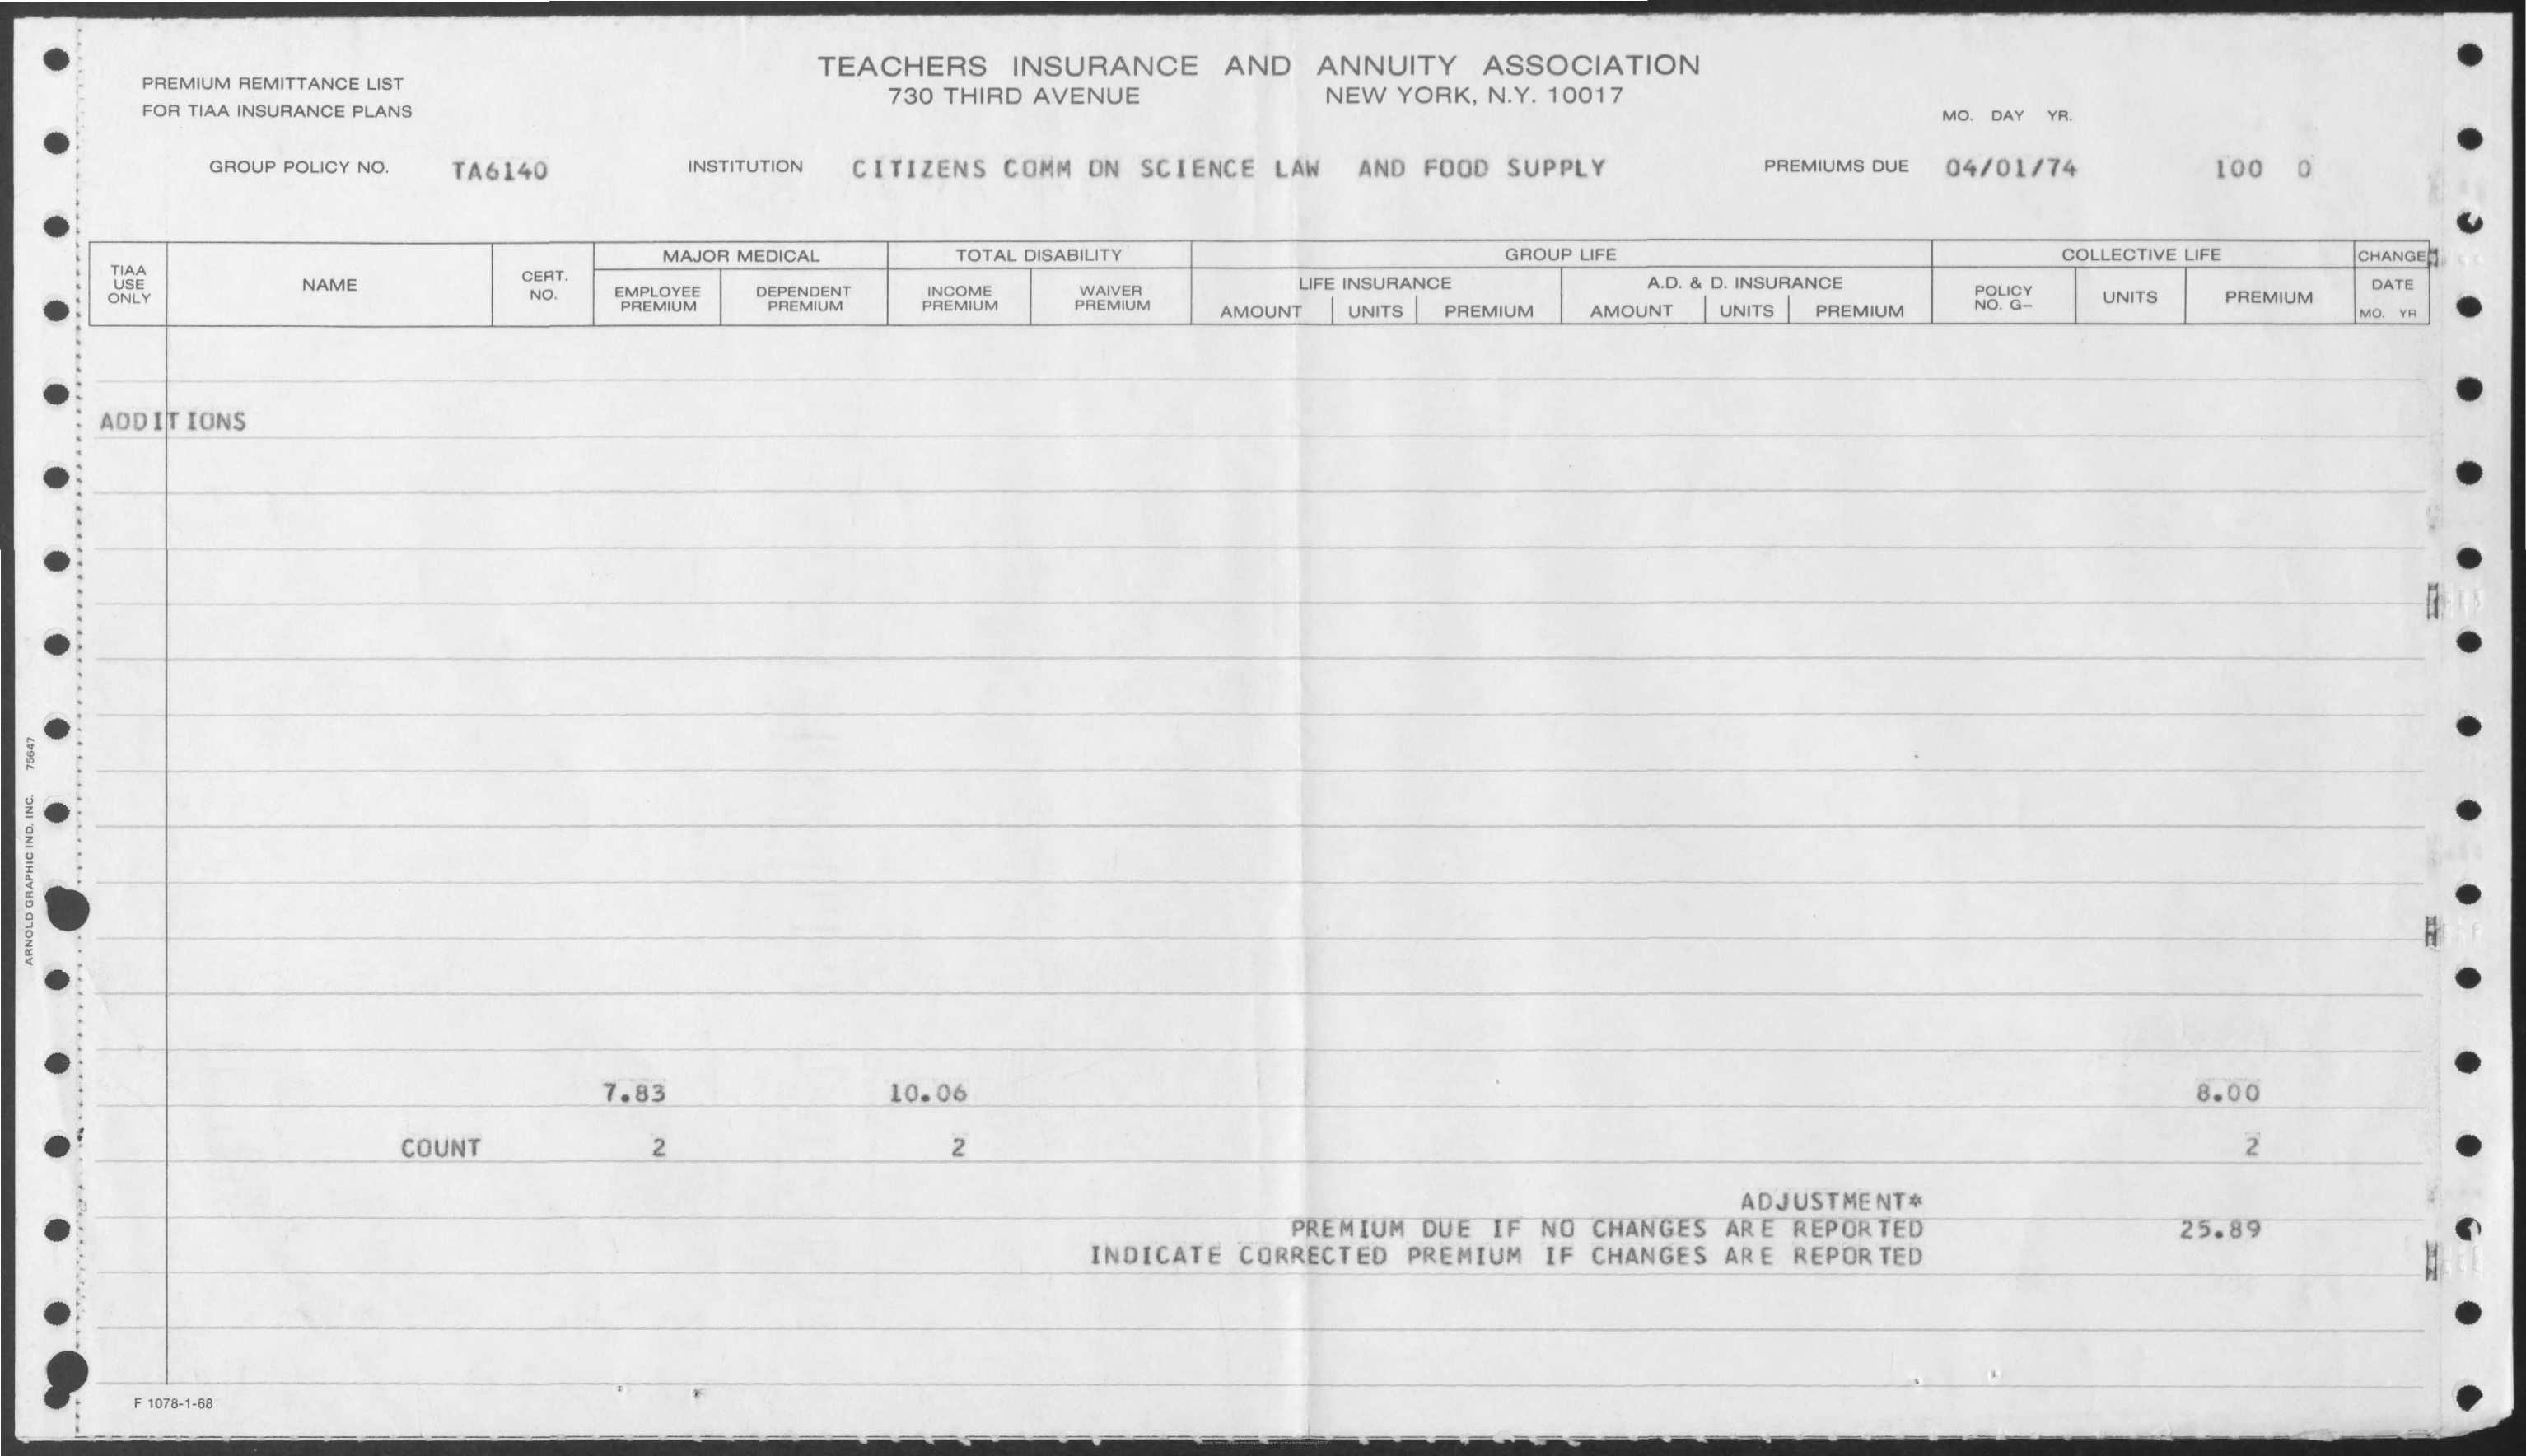
TEACHERS INSURANCE AND ANNUITY ASSOCIATION
     PREMIUM REMITTANCE LIST
     FOR TIAA INSURANCE PLANS
     730 THIRD AVENUE   NEW YORK, N.Y. 10017
     MO. DAY
     GROUP POLICY NO. TA6140 INSTITUTION CITIZENS COMM ON SCIENCE LAW AND FOOD SUPPLY PREMIUMS DUE 04/01/74 100 O
     TIAA
     MAJOR MEDICAL TOTAL DISABILITY    GROUP LIFE    COLLECTIVE LIFE CHANGE
     NAME
     CERT
     EMPLOYEE DEPENDENT INCOME WAIVER LIFE INSURANCE A.D. & D. INSURANCE
     NO    POLICY
     PREMIUM PREMIUM PREMIUM PREMIUM AMOUNT UNITS PREMIUM AMOUNT UNITS PREMIUM NO. G-
     UNITS PREMIUM
     DATE
     MO. YA
     ADDITIONS
  75647
  ARNOLD
  GRAPHIC
  IND,
  INC.
     7.83    10.06    8.00
     COUNT    2    2    2
     ADJUSTMENT#
     PREMIUM DUE IF NO CHANGES ARE REPORTED 25.89
     INDICATE CORRECTED PREMIUM IF CHANGES ARE REPORTED
     F 1078-1-68
     Source: https://www.industrydocuments.ucsf.edu/docs/xrcy0227